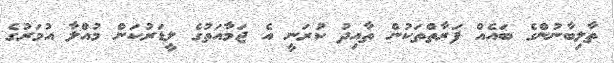
ތާލިބާނުންގެ ބައެއް ފަރާތްތަކުން ތާއިދު ކުރަނީ އެ ޖަމާއަތުގެ ލީޑަރުކަން މުއްލާ އުމަރުގެ